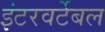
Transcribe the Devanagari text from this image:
इंटरवर्टेबल